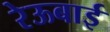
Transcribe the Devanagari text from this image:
रेऊबाई